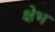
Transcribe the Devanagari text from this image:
क्षेभ